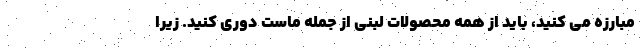
مبارزه می کنید، باید از همه محصولات لبنی از جمله ماست دوری کنید. زیرا